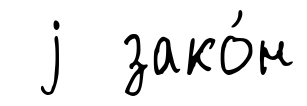
j зако́н